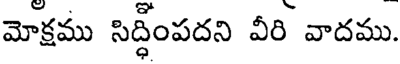
మోక్షము సిద్ధింపదని వీరి వాదము.